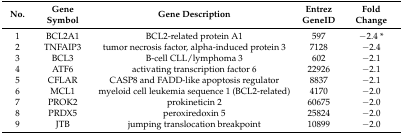
<table><thead><tr><td><b>No.</b></td><td><b>Gene Symbol</b></td><td><b>Gene Description</b></td><td><b>Entrez GeneID</b></td><td><b>Fold Change</b></td></tr></thead><tbody><tr><td>1</td><td>BCL2A1</td><td>BCL2-related protein A1</td><td>597</td><td>−2.4 *</td></tr><tr><td>2</td><td>TNFAIP3</td><td>tumor necrosis factor, alpha-induced protein 3</td><td>7128</td><td>−2.4</td></tr><tr><td>3</td><td>BCL3</td><td>B-cell CLL/lymphoma 3</td><td>602</td><td>−2.1</td></tr><tr><td>4</td><td>ATF6</td><td>activating transcription factor 6</td><td>22926</td><td>−2.1</td></tr><tr><td>5</td><td>CFLAR</td><td>CASP8 and FADD-like apoptosis regulator</td><td>8837</td><td>−2.1</td></tr><tr><td>6</td><td>MCL1</td><td>myeloid cell leukemia sequence 1 (BCL2-related)</td><td>4170</td><td>−2.0</td></tr><tr><td>7</td><td>PROK2</td><td>prokineticin 2</td><td>60675</td><td>−2.0</td></tr><tr><td>8</td><td>PRDX5</td><td>peroxiredoxin 5</td><td>25824</td><td>−2.0</td></tr><tr><td>9</td><td>JTB</td><td>jumping translocation breakpoint</td><td>10899</td><td>−2.0</td></tr></tbody></table>